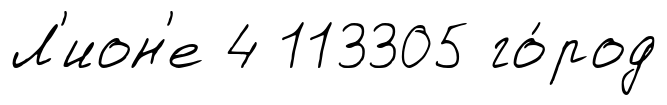
Л'ион'е 4 113305 го́род